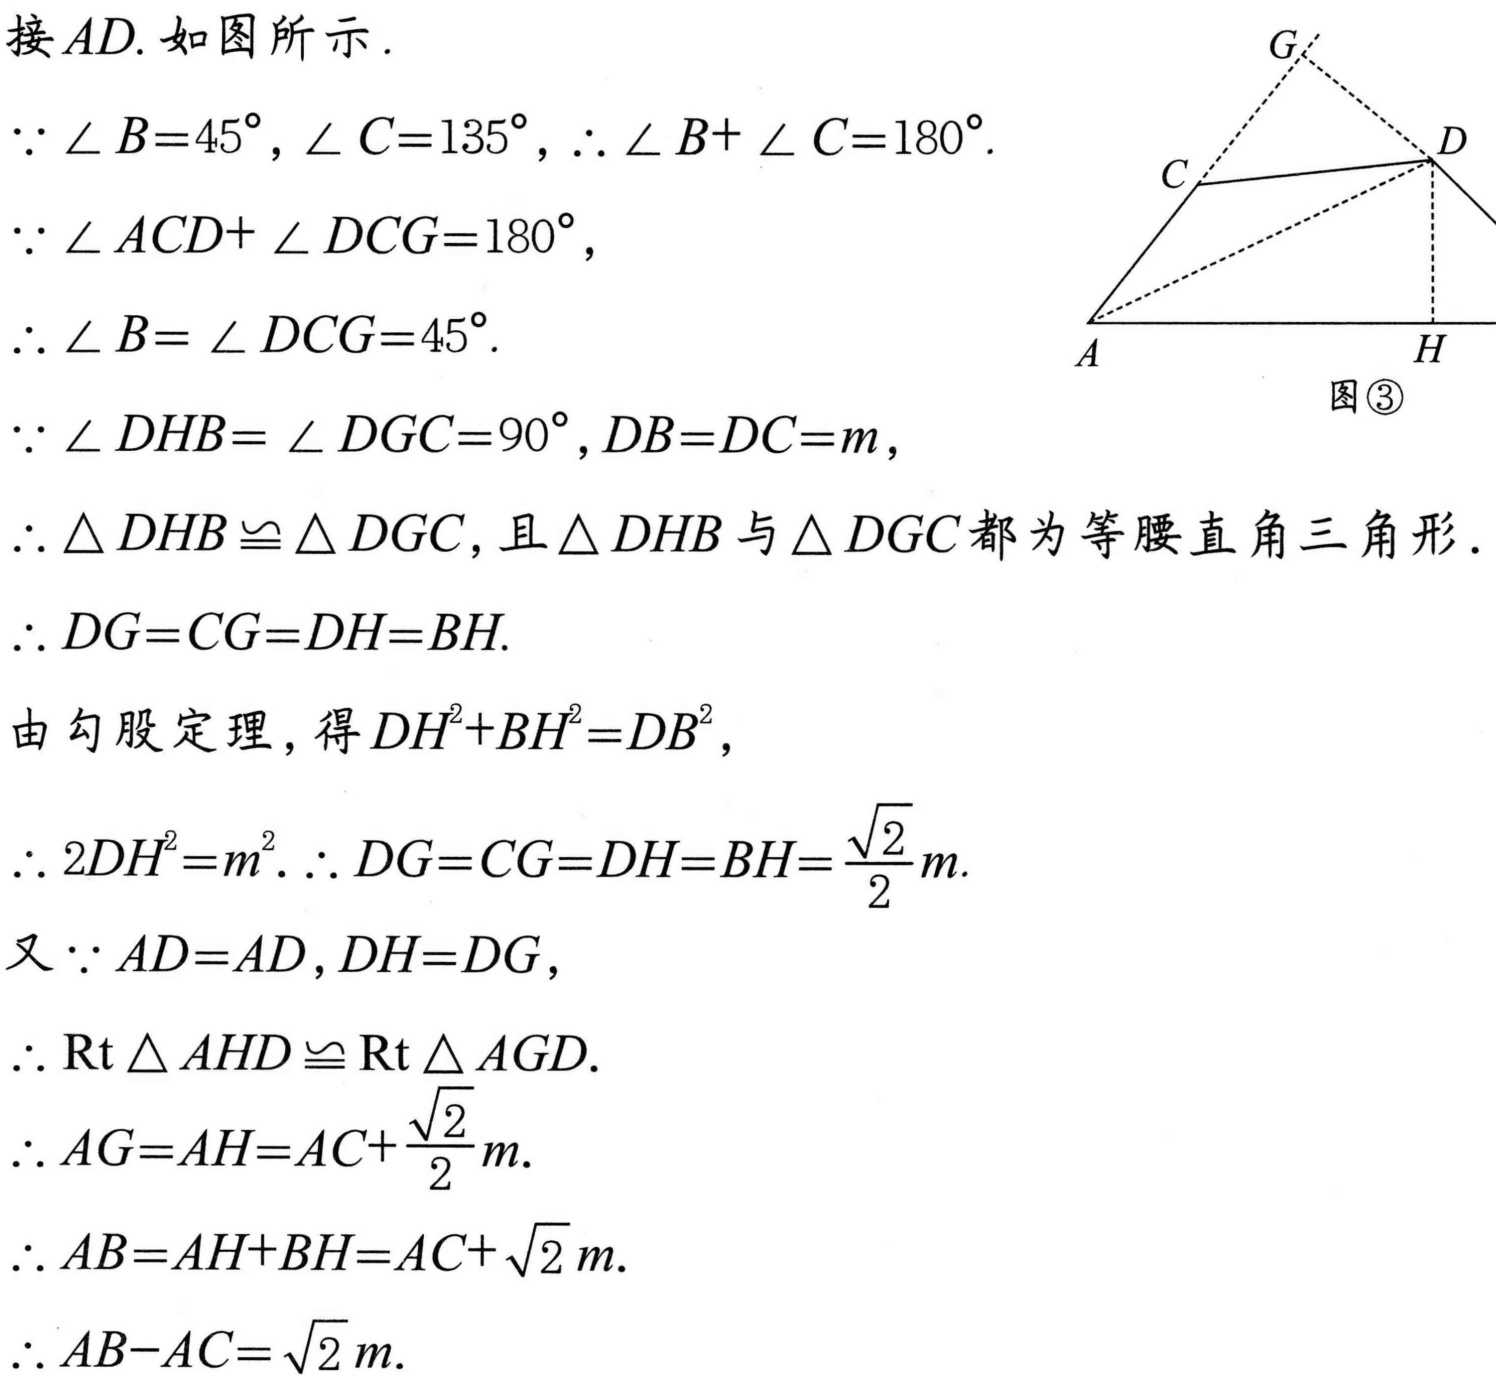
接\(AD\). 如图所示.
\(\because \angle B = 45^{\circ},\angle C = 135^{\circ},\therefore \angle B+\angle C = 180^{\circ}\).
\(\because \angle ACD+\angle DCG = 180^{\circ}\),
\(\therefore \angle B=\angle DCG = 45^{\circ}\).
\(\because \angle DHB=\angle DGC = 90^{\circ},DB = DC = m\),
\(\therefore \triangle DHB\cong\triangle DGC\),且\(\triangle DHB\)与\(\triangle DGC\)都为等腰直角三角形.
\(\therefore DG = CG = DH = BH\).
由勾股定理，得\(DH^{2}+BH^{2}=DB^{2}\),
\(\therefore 2DH^{2}=m^{2}.\therefore DG = CG = DH = BH=\frac{\sqrt{2}}{2}m\).
又\(\because AD = AD,DH = DG\),
\(\therefore \text{Rt}\triangle AHD\cong\text{Rt}\triangle AGD\).
\(\therefore AG = AH = AC+\frac{\sqrt{2}}{2}m\).
\(\therefore AB = AH+BH = AC+\sqrt{2}m\).
\(\therefore AB - AC=\sqrt{2}m\).